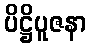
ပိဋ္ဌိပူဇနာ